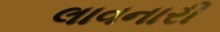
લાવનારી